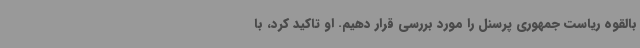
بالقوه ریاست جمهوری پرسنل را مورد بررسی قرار دهیم. او تاکید کرد، با